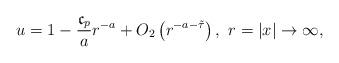
LaTeX: \begin{align*} u=1 - \frac{\mathfrak{c}_{p}}{a} r^{-a} + O_2\left( r^{- a - \tilde{\tau}} \right), \ r=|x|\rightarrow \infty, \end{align*}